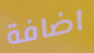
اضافة